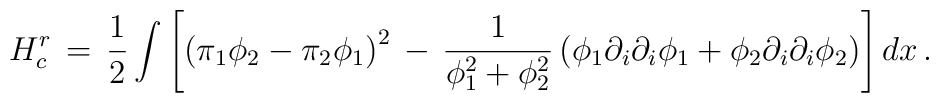
H_{c}^{r}\, =\, {1\over 2} \int \left[ \left( \pi_1 \phi_2 - \pi_2 \phi_1 \right)^2\, -\, {1\over \phi_{1}^{2} + \phi_{2}^{2}}\left(\phi_1 \partial_i\partial_i \phi_1 + \phi_2 \partial_i \partial_i \phi_2\right)\right] dx\, .